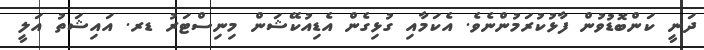
ދަނީ ކަންބޮޑުވުން ފާޅުކުރަމުންނެވެ. އެކަމާއި ގުޅިގެން އެޑިއުކޭޝަން މިނިސްޓަރު ޑރ. އައިޝަތު އަލީ